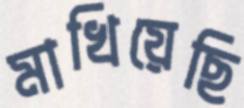
মাখিয়েছি